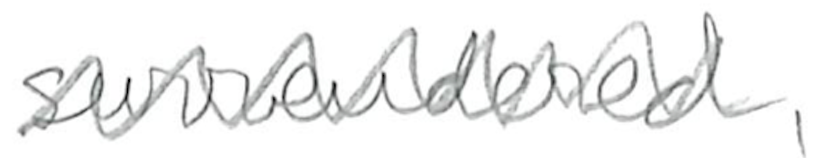
Text: surrendered,
Cross-out: mix
Writing tool: pencil